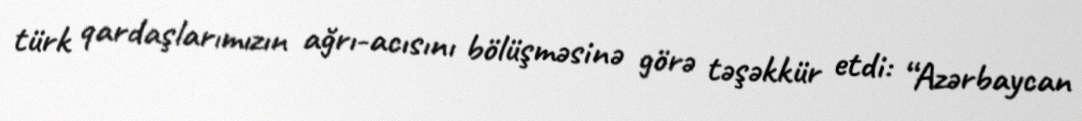
türk qardaşlarımızın ağrı-acısını bölüşməsinə görə təşəkkür etdi: “Azərbaycan